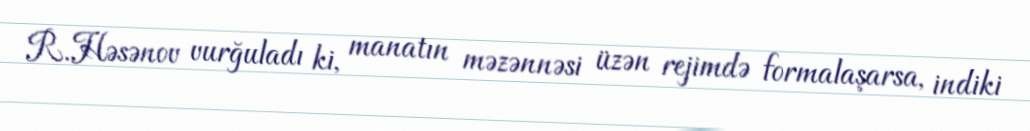
R.Həsənov vurğuladı ki, manatın məzənnəsi üzən rejimdə formalaşarsa, indiki